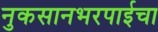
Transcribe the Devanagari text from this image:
नुकसानभरपाईचा